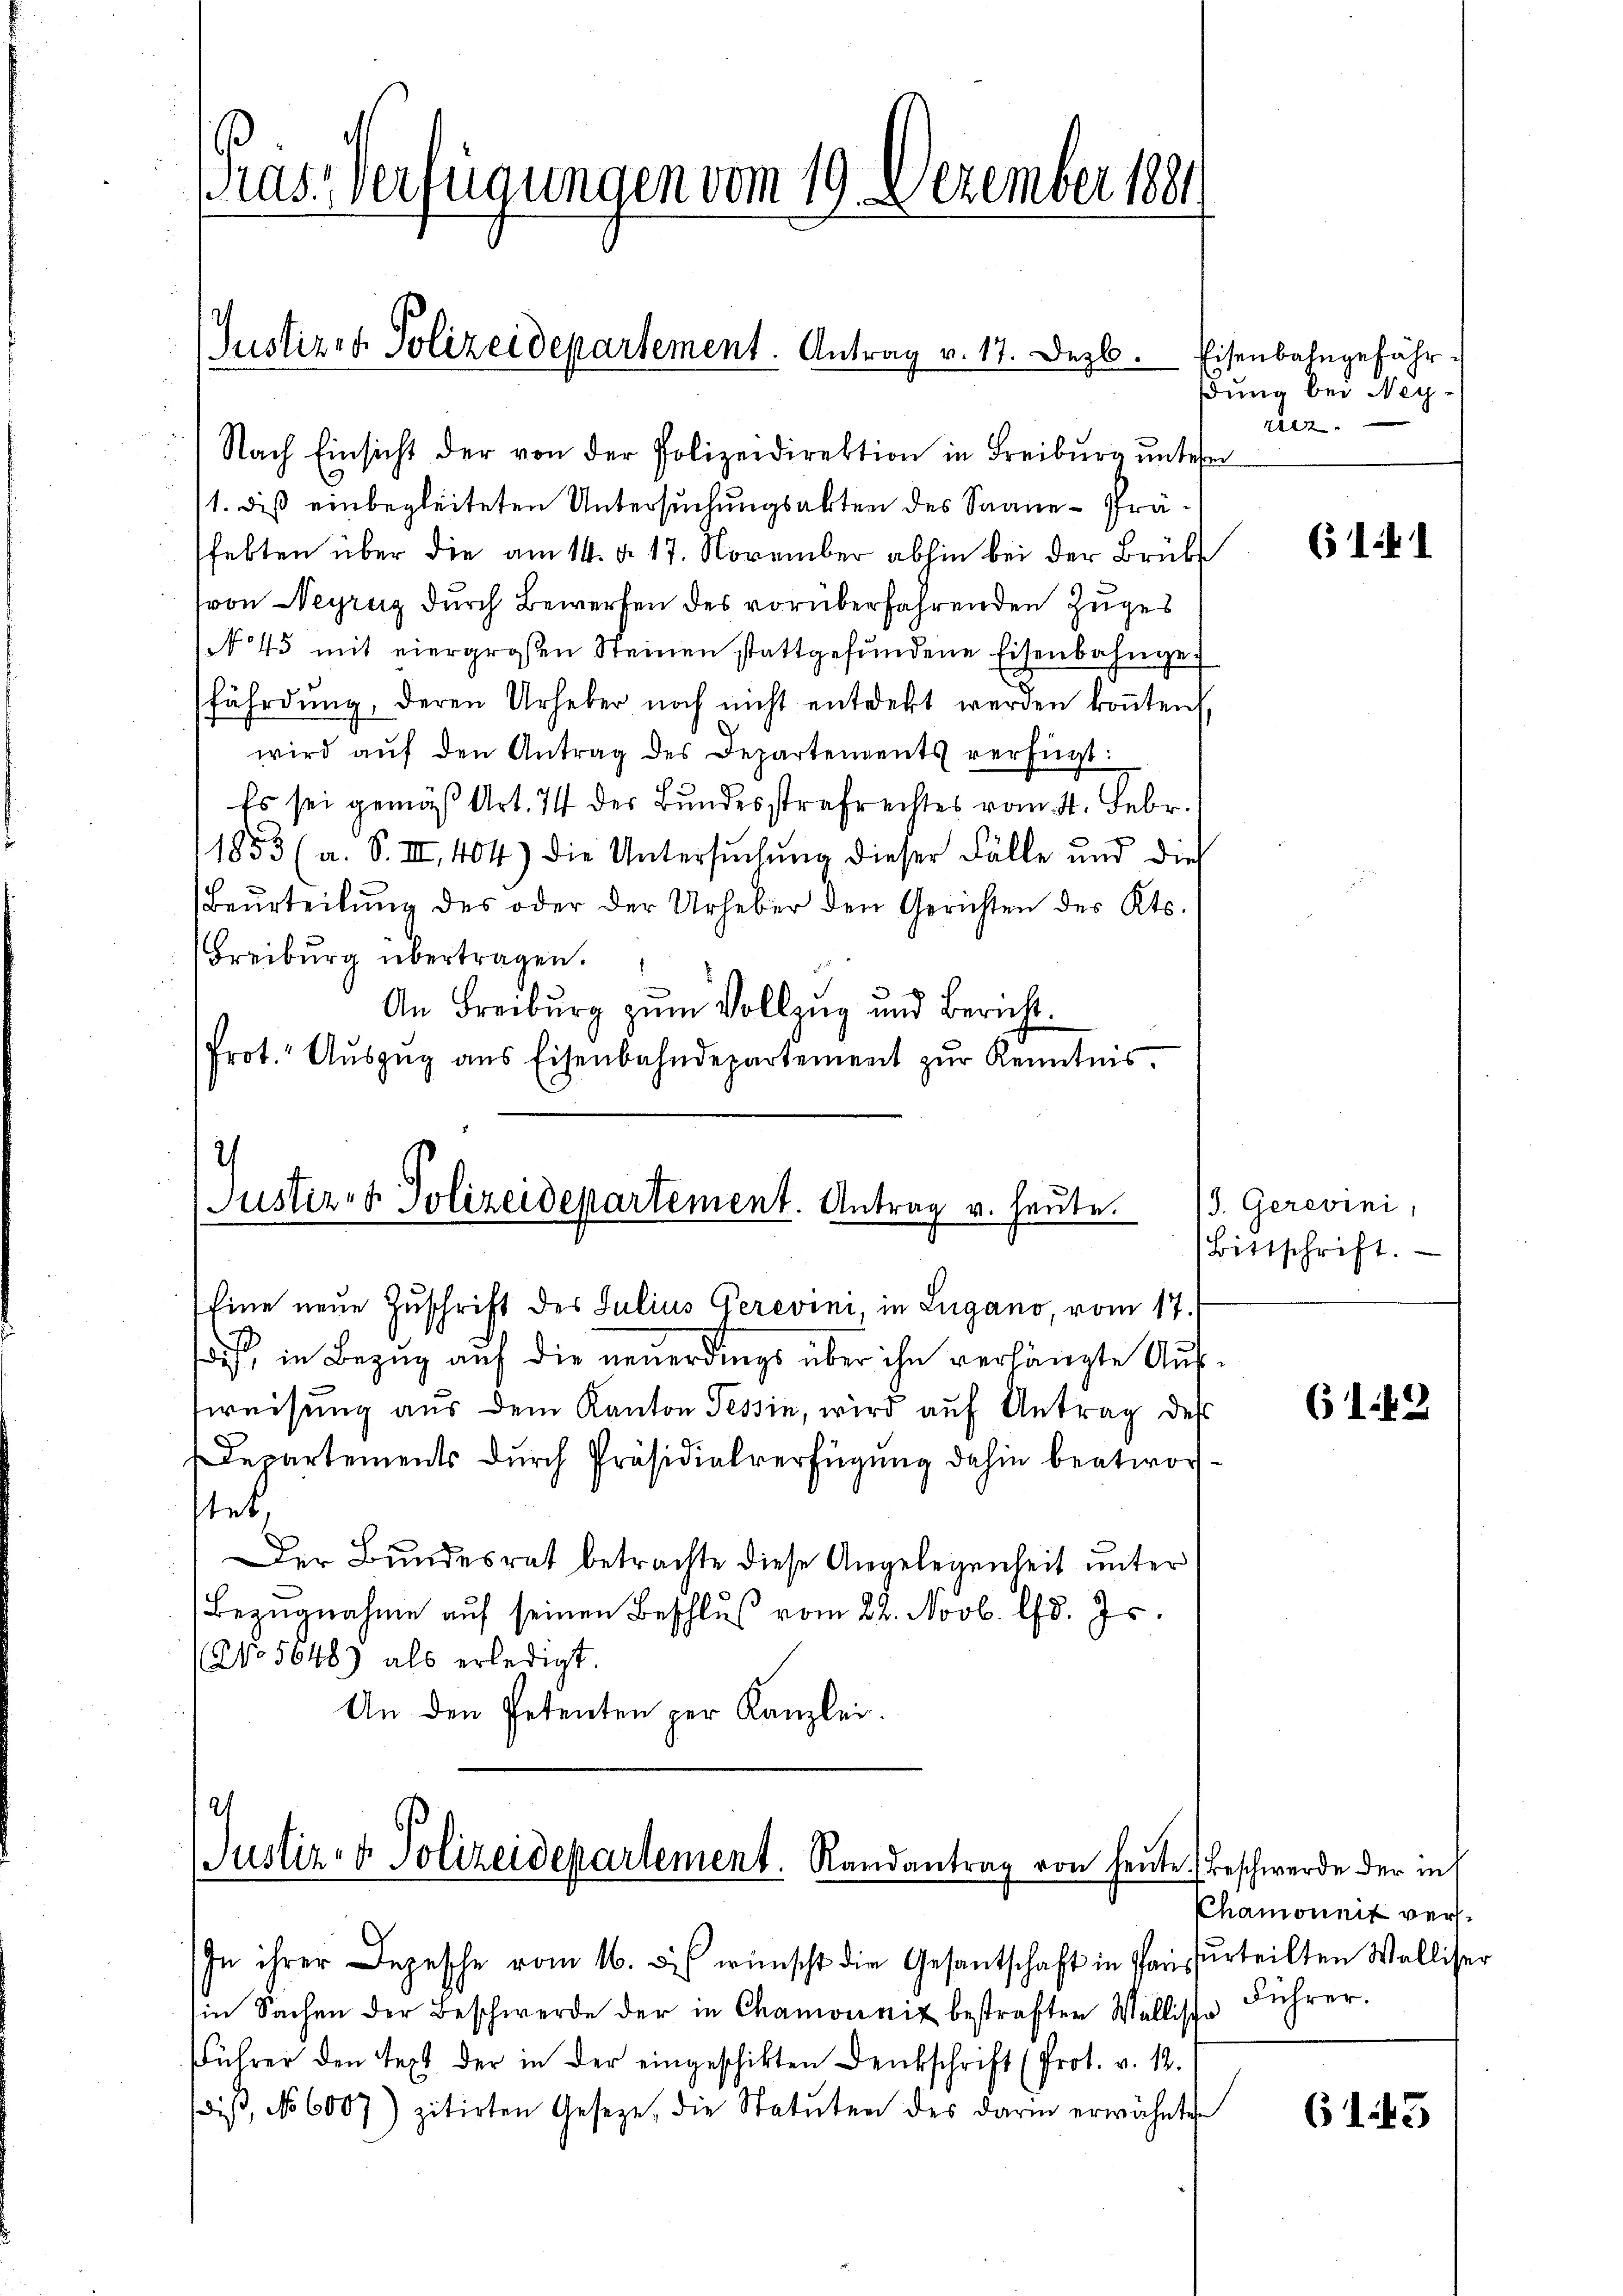
Pras. Verfügungen vom 19. Dezember 1881

Nach Einsicht der von der Polizeidirektion in Freiburg ŭntere
11. dieß einbegleiteten Untersuchungsakten des Saane-Präfekten über die am 14. d. 17. November abhin bei der Brüb
(von Veyrug durch Bewerfen des vorüberfahrenden Zuges
No͇ 45 mit eier großen Steinen stattgefŭndene Eisenbahngefährdung, deren Urheber noch nicht entdekt werden konnten,
wird aŭf den Antrag des Departements verfügt:
Es sei gemäß Art. 74 der Bundesstrafrechtes vom 4. Febr.
1853 (a. S. III., 404) die Untersuchung dieser Fälle und dies
Beurteilŭng des oder der Urheber den Gerichten des Kts.
Freiburg übertragen.
An Freiburg zum Vollzug und Bericht.
Prot. Auszug aus Eisenbahndepartement zur Kenntnis.

Justiz- & Polizeidepartement. Antrag v. 17. Dezb. Eisenbahngefähr¬

.
Justiz- & Polizeidepartement. Antrag v. heute.

Eine neue Zuschrift des Julius Gerevini, in Lugano, vom 17./
us, in Bezug auf die neuerdings über ihn verlängte Aufweisung aus dem Kanton Tessin, wird auf Antrag des
Departements durch Präsidialverfügung dahin beatworstet,
Der Bundesrat betrachte diese Angelegenheit unter
Bezŭgnahme aŭf seinen Beschluß vom 22. Novb. lfd. Js.
(No 5648) als erledigt.
An den Petenten per Kanzlei.

Justiz- & Polizeidepartement. Randantrag von heute) beschwerde der in

dung bei Neyriz

In ihrer Depesche vom 16. des wünscht die Gesantschaft in Parisserteilten Walliser
in Sachen der Beschwerde der in Chamonnit bestraften Wallische Führer.
Führer den Text der in der eingeschikten Denkschrift (Prot. v. 12.
diβ, No 6007) zitirten Gesetze, die Statuten des darin erwähnten

(1441

/S. Gerevini,
Bittschrift.

61. 42

Chamonnit verst

6143